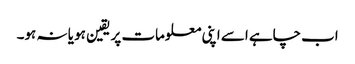
اب چاہے اسے اپنی معلومات پر یقین ہو یا نہ ہو۔